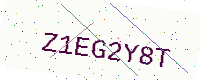
Text: Z1EG2Y8T